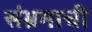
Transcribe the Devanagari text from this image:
संभ्रमाची